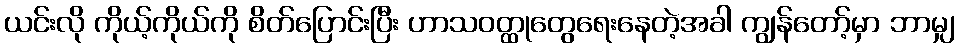
ယင်းလို ကိုယ့်ကိုယ်ကို စိတ်ပြောင်းပြီး ဟာသဝတ္ထုတွေရေးနေတဲ့အခါ ကျွန်တော့်မှာ ဘာမျှ